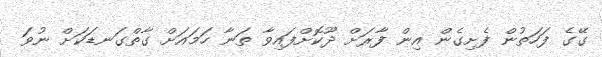
ގޭގެ ފަހަތުން ފެށިގެން އިން ފާރަށް ދޫކޮށްފައިވާ ތަނާ ހަމައަށް ގާތްގަނޑަކަށް ނުވަ